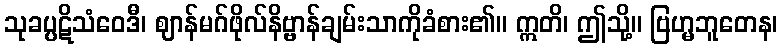
သုခပ္ပဋိသံဝေဒီ၊ ဈာန်မဂ်ဖိုလ်နိဗ္ဗာန်ချမ်းသာကိုခံစား၏။ ဣတိ၊ ဤသို့။ ဗြဟ္မဘူတေန၊